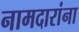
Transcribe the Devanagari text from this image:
नामदारांना